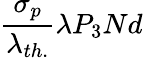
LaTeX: \frac{\sigma_{p}}{\lambda_{th.}}\lambda P_{3}Nd